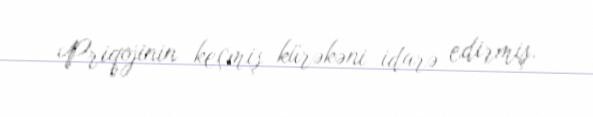
Priqojinin keçmiş kürəkəni idarə edirmiş.